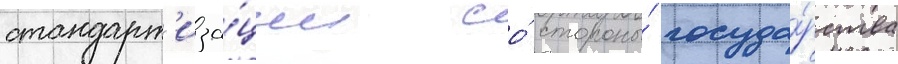
стандарт'иза́ции со́ стороны́ госуда́рства